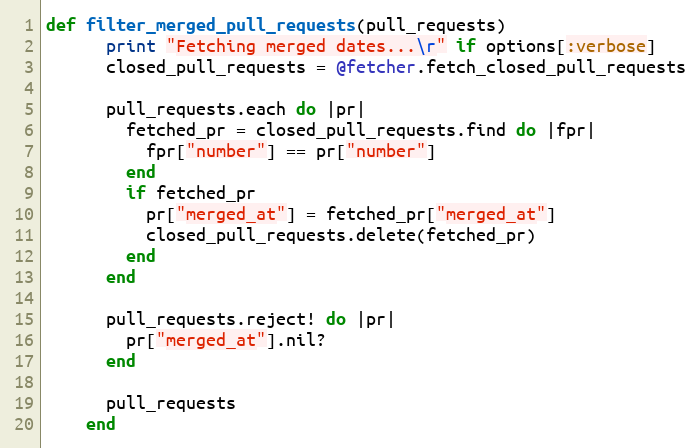
Language: Ruby
def filter_merged_pull_requests(pull_requests)
      print "Fetching merged dates...\r" if options[:verbose]
      closed_pull_requests = @fetcher.fetch_closed_pull_requests

      pull_requests.each do |pr|
        fetched_pr = closed_pull_requests.find do |fpr|
          fpr["number"] == pr["number"]
        end
        if fetched_pr
          pr["merged_at"] = fetched_pr["merged_at"]
          closed_pull_requests.delete(fetched_pr)
        end
      end

      pull_requests.reject! do |pr|
        pr["merged_at"].nil?
      end

      pull_requests
    end